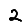
Digit: 2